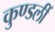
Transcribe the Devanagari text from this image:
कुण्डलीं